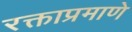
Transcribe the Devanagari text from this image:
रक्ताप्रमाणे